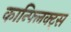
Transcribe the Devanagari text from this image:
कान्फ्लिक्ट्स